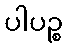
ပါပဉ္စ